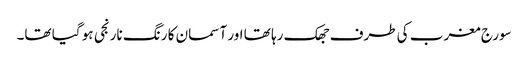
سورج مغرب کی طرف جھک رہا تھا اور آسمان کا رنگ نارنجی ہو گیا تھا۔